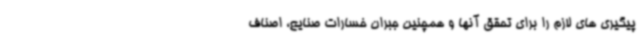
پیگیری های لازم را برای تحقق آنها و همچنین جبران خسارات صنایع، اصناف